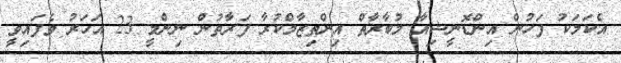
އެކަމަކު ފަހުން އިންޑޮނީޝިއާ މުބާރާތް އިންތިޒާމްކުރާ ފަރާތުން ނިންމީ 23 އަހަރު ވެފައިވީ